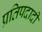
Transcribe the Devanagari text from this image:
प्रतिपदादी